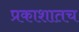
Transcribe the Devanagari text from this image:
प्रकाशातच